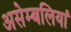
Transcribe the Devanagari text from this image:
असेम्बलियां